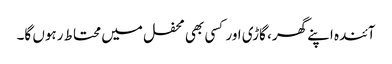
آئندہ اپنے گھر، گاڑی اور کسی بھی محفل میں محتاط رہوں گا۔